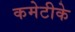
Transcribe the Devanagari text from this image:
कमेटीके